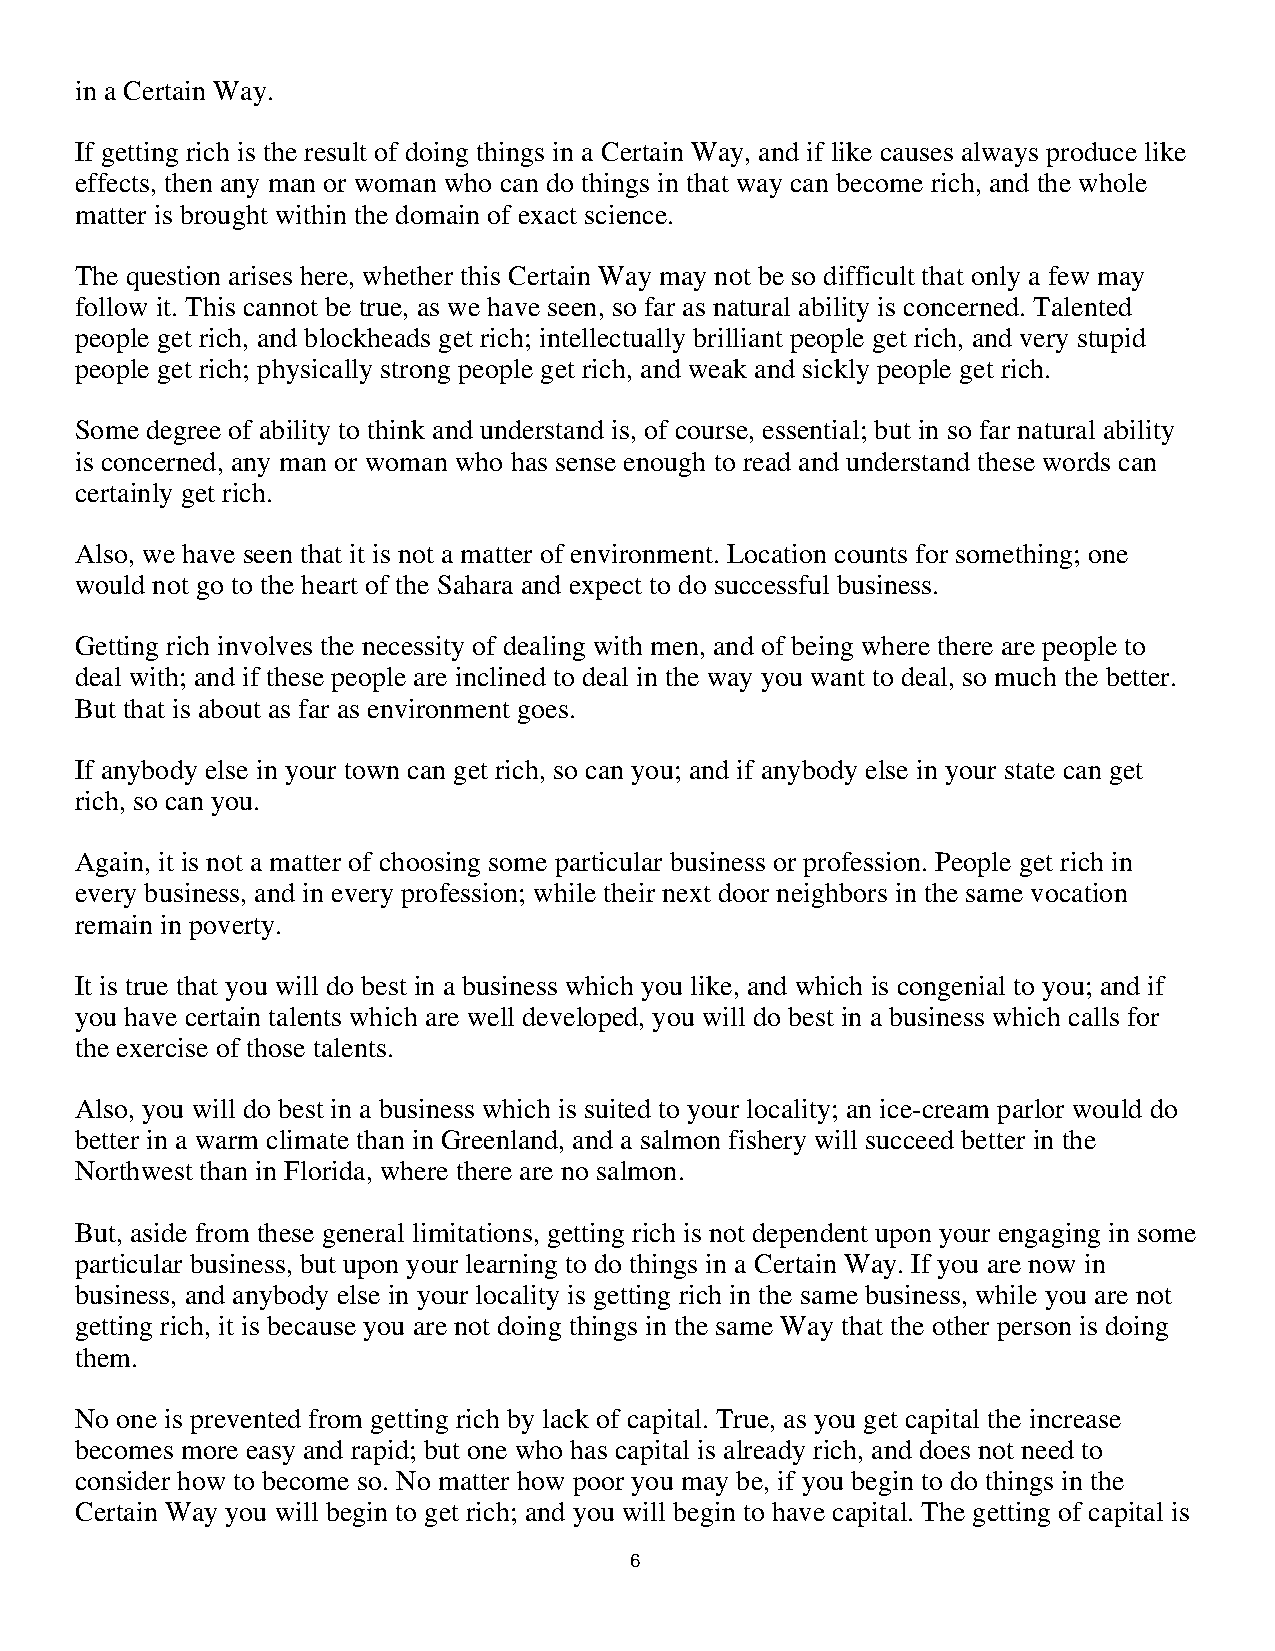
in a Certain Way.
 If getting rich is the result of doing things in a Certain Way, and if like causes always produce like
 effects, then any man or woman who can do things in that way can become rich, and the whole
 matter is brought within the domain of exact science.
 The question arises here, whether this Certain Way may not be so difficult that only a few may
 follow it. This cannot be true, as we have seen, so far as natural ability is concerned. Talented
 people get rich, and blockheads get rich; intellectually brilliant people get rich, and very stupid
 people get rich; physically strong people get rich, and weak and sickly people get rich.
 Some degree of ability to think and understand is, of course, essential; but in so far natural ability
 is concerned, any man or woman who has sense enough to read and understand these words can
 certainly get rich.
 Also, we have seen that it is not a matter of environment. Location counts for something; one
 would not go to the heart of the Sahara and expect to do successful business.
 Getting rich involves the necessity of dealing with men, and of being where there are people to
 deal with; and if these people are inclined to deal in the way you want to deal, so much the better.
 But that is about as far as environment goes.
 If anybody else in your town can get rich, so can you; and if anybody else in your state can get
 rich, so can you.
 Again, it is not a matter of choosing some particular business or profession. People get rich in
 every business, and in every profession; while their next door neighbors in the same vocation
 remain in poverty.
 It is true that you will do best in a business which you like, and which is congenial to you; and if
 you have certain talents which are well developed, you will do best in a business which calls for
 the exercise of those talents.
 Also, you will do best in a business which is suited to your locality; an ice-cream parlor would do
 better in a warm climate than in Greenland, and a salmon fishery will succeed better in the
 Northwest than in Florida, where there are no salmon.
 But, aside from these general limitations, getting rich is not dependent upon your engaging in some
 particular business, but upon your learning to do things in a Certain Way. If you are now in
 business, and anybody else in your locality is getting rich in the same business, while you are not
 getting rich, it is because you are not doing things in the same Way that the other person is doing
 them.
 No one is prevented from getting rich by lack of capital. True, as you get capital the increase
 becomes more easy and rapid; but one who has capital is already rich, and does not need to
 consider how to become so. No matter how poor you may be, if you begin to do things in the
 Certain Way you will begin to get rich; and you will begin to have capital. The getting of capital is
 66